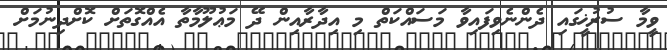
ވީމާ ސުރުޚީގައި ދެންނެވިފައިވާ މަސައްކަތް މި އިދާރާއިން ދޭ މަޢުލޫމާތާ އެއްގޮތަށް ކޮށްދިނުމަށް